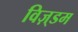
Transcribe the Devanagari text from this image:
विज़्डम